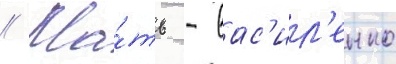
// Ма́ть - вас'ил'енко